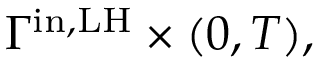
\Gamma ^ { \mathrm { i n , L H } } \times ( 0 , T ) ,